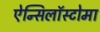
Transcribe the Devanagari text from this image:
ऐन्सिलॉस्टोमा